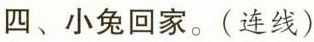
四、小兔回家。(连线)